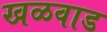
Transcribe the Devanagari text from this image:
खळवाड